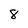
Character: 8